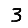
Digit: 3